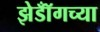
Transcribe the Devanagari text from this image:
झेडॉँगच्या